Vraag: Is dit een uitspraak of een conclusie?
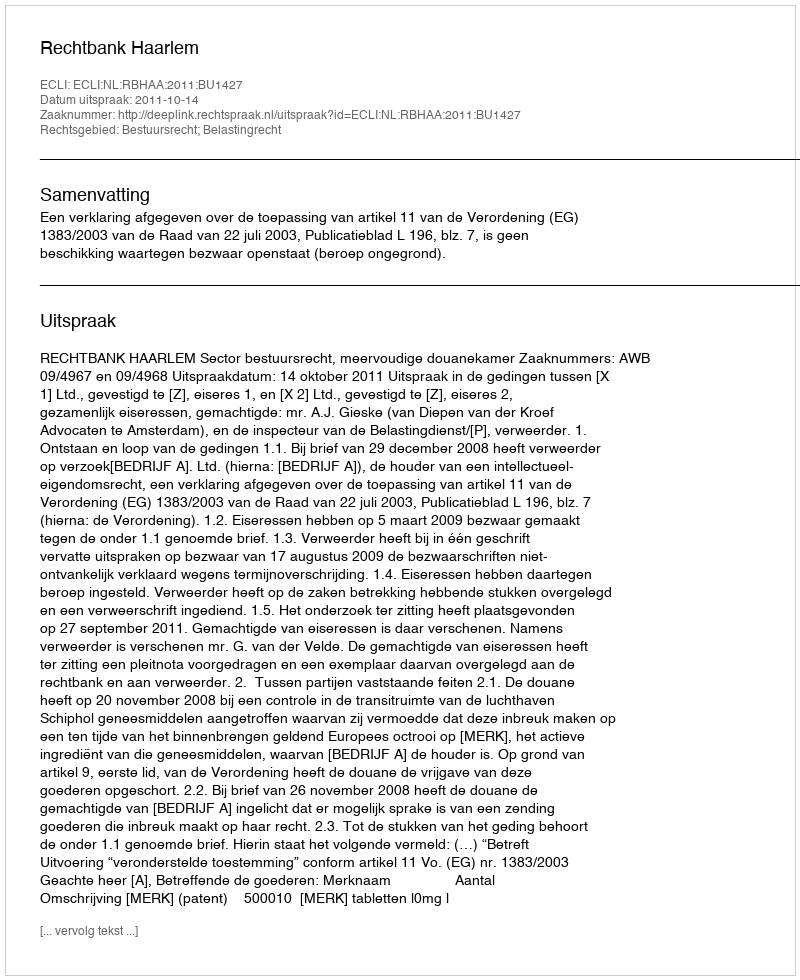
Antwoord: Uitspraak